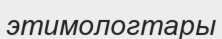
этимологтары